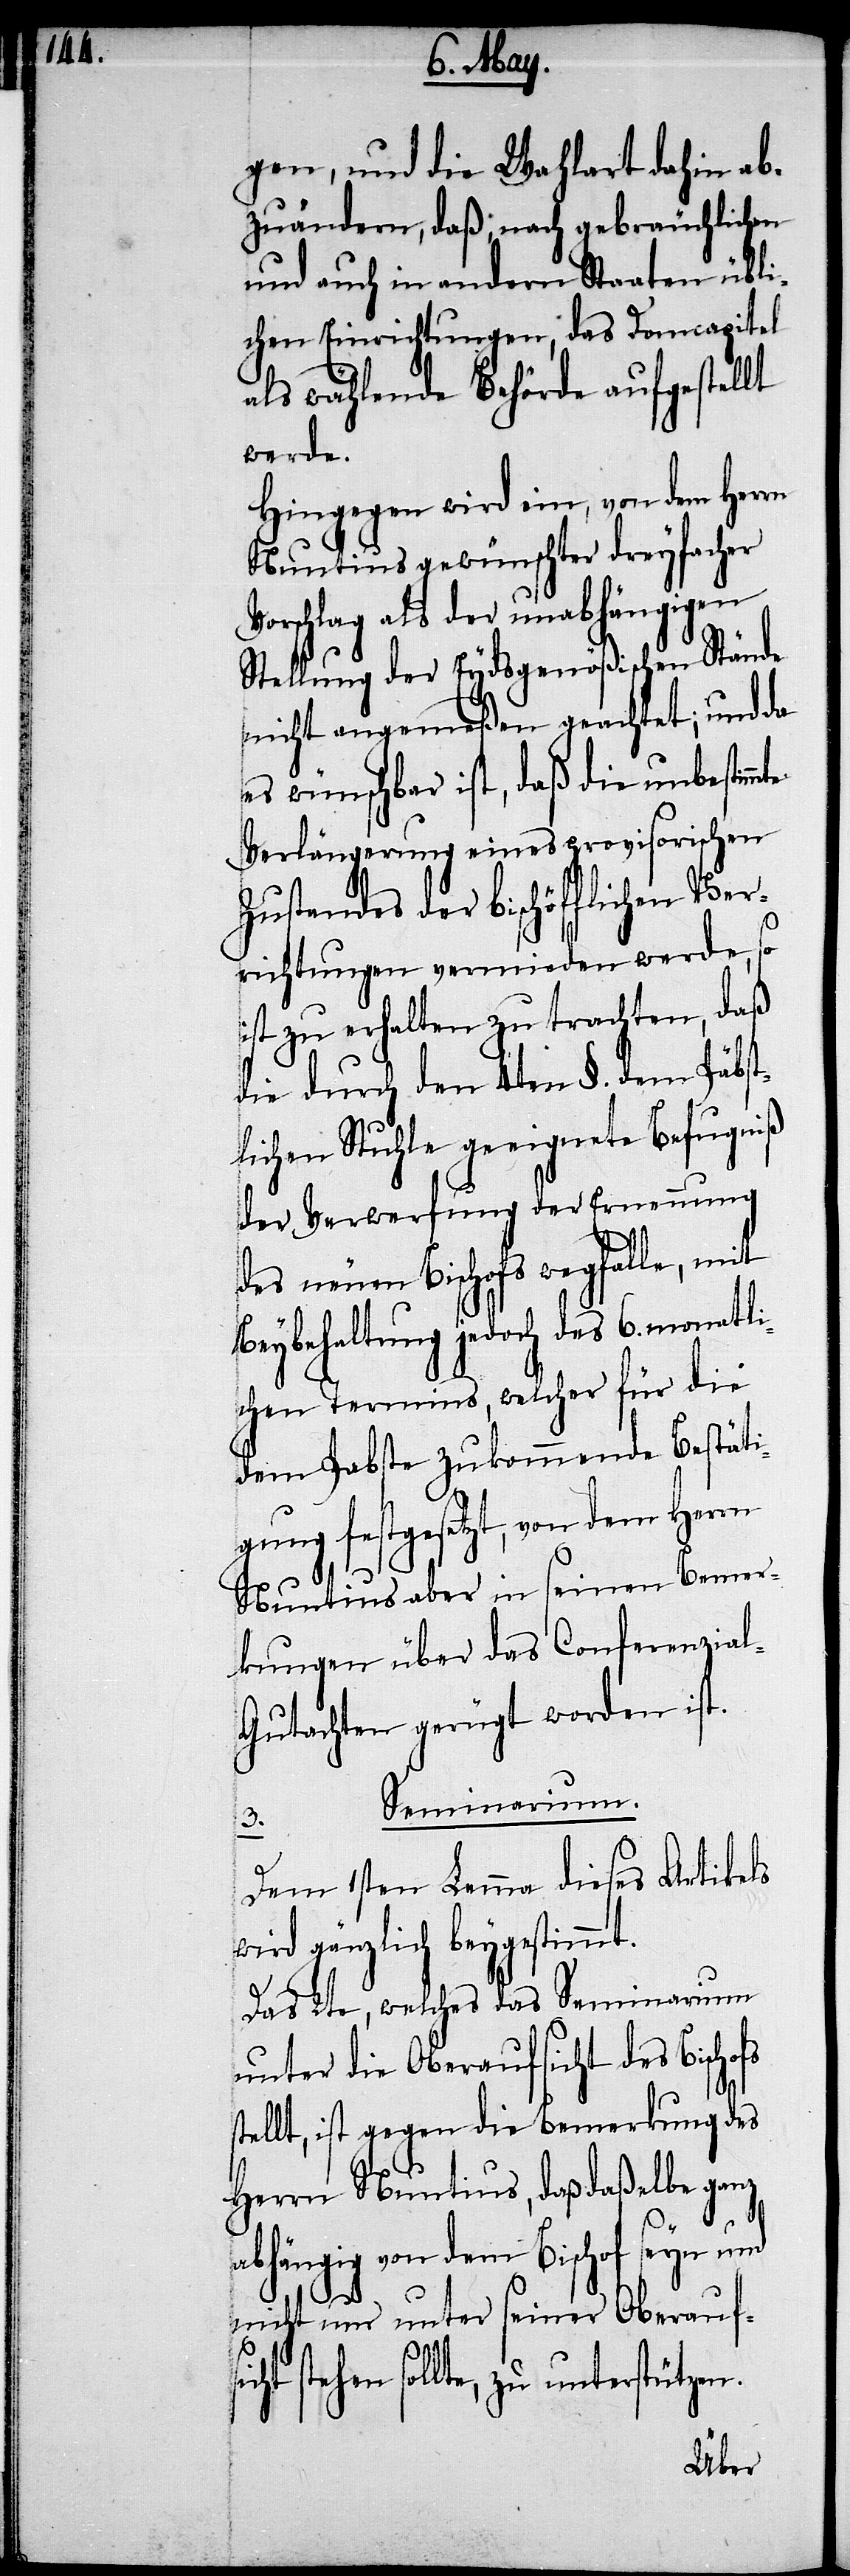
gen, und die Wahlart dahin ab¬
zuändern, daß nach gebräuchlichen
und auch in andern Staaten übli¬
chen Einrichtungen, das Domcapitel
als wählende Behörde aufgestellt
werde.
Hingegen wird ein, von dem Herrn
Nuntius gewünschter dreyfacher
Vorschlag als der unabhängigen
Stellung der Eydsgenößischen Stände
nicht angemeßen geachtet; und da
es wünschbar ist, daß die unbestim¬
Verlängerung eines provisorischen
Zustandes der bischöfflichen Ver¬
richtungen vermieden werde, so
ist zu erhalten zu trachten, daß
die durch den 4ten §. dem Päbst¬
lichen Stuhle geeignete Befugniß
der Verwerfung der Ernennung
des neuen Bischofs wegfalle, mit
Beybehaltung jedoch des 6. monatli¬
chen Termins, welcher für die
dem Pabste zukommende Bestäti¬
gung festgesetzt, von dem Herrn
Nuntius aber in seinen Bemer¬
kungen über das Conferenzia¬
l-Gutachten gerügt worden ist.
Seminarium.
s¬
Dem 1sten Lemma dieses Artikels
wird gänzlich beygestimmt.
Das 2te, welches das Seminarium
unter die Oberaufsicht des Bischofs
tellt, ist gegen die Bemerkung des
Herrn Nuntius, daß daßelbe ganz
icht
abhängig von dem Bischof seyn und
nicht nur unter seiner Oberaufs¬
stehen sollte, zu unterstützen.
mte